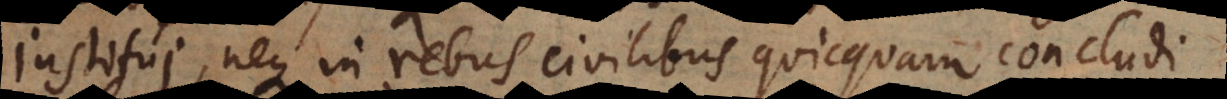
institui, neque in rebus civilibus quicquam concludi